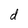
Character: d